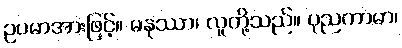
ဥပမာအားဖြင့်။ မနုဿာ၊ လူတို့သည်။ ပုညကာမာ၊